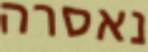
נאסרה